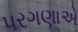
પરગણાએ